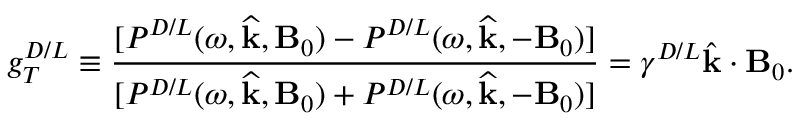
g _ { T } ^ { D / L } \equiv \frac { \lbrack P ^ { D / L } ( \omega , \widehat { \mathbf { k } } , \mathbf { B } _ { 0 } ) - P ^ { D / L } ( \omega , \widehat { \mathbf { k } } , - \mathbf { B } _ { 0 } ) ] } { [ P ^ { D / L } ( \omega , \widehat { \mathbf { k } } , \mathbf { B } _ { 0 } ) + P ^ { D / L } ( \omega , \widehat { \mathbf { k } } , - \mathbf { B } _ { 0 } ) ] } = \gamma ^ { D / L } \hat { \mathbf { k } } \cdot \mathbf { B } _ { 0 } .